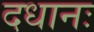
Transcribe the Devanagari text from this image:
दधानः